Account of plague administration in the Bombay Presidency from September 1896 till May 1897
Year: 1896
Disease focus: Plague
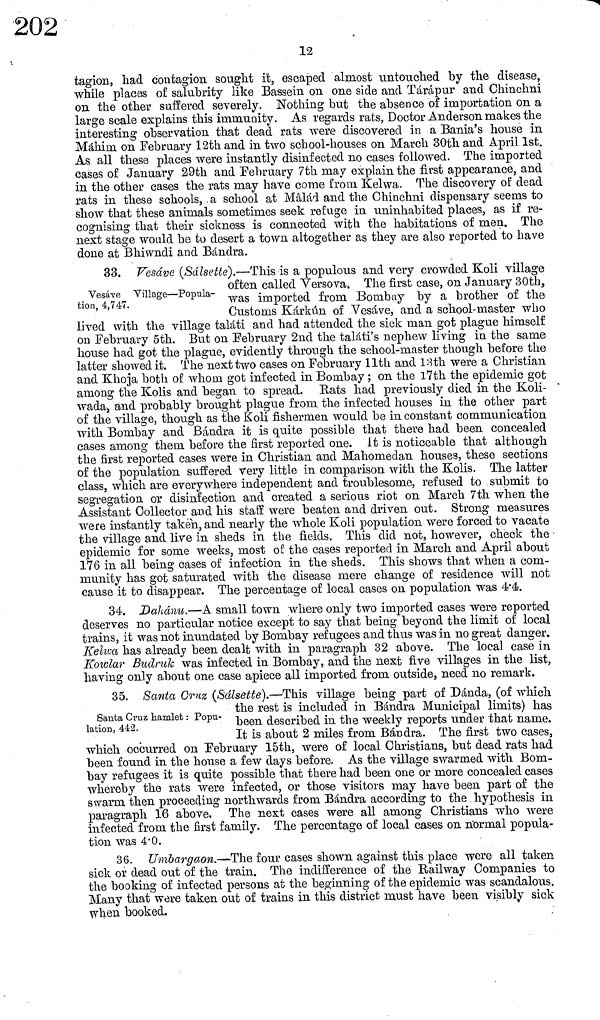
12
tagion, had contagion sought it, escaped almost untouched by the disease,
while places of salubrity like Bassein on one side and Tárápur and Ch.inch.ni
on the other suffered severely. Nothing but the absence of importation on a
large scale explains this immunity. As regards rats, Doctor Anderson makes the
interesting observation that dead rats were discovered in a Bania's house in
Máhim on February 12th and in two school-houses on March 30th and April 1st.
As all these places were instantly disinfected no cases followed. The imported
cases of January 29th and February 7th may explain the first appearance, and
in the other cases the rats may have come from Kelwa. The discovery of dead
rats in these schools, a school at Mâlád and the Chinchín dispensary seems to
show that these animals sometimes seek refuge in uninhabited places, as if re-
cognising that their sickness is connected with the habitations of men. The
next stage would be to desert a town altogether as they are also reported to have
done at Bhiwndi and Bándra.
Vesáve Village—Popula-
tion, 4,747.
33. Vesáve (Sálsette).—This is a populous and very crowded Koli village
orten called Versova. The first case, on January 30th,
was imported from Bombay by a brother of the
Customs Kárkún of Vesáve, and a school-master who
lived with the village taláti and had attended the sick man got plague himself
on February 5th. But on February 2nd the taláti's nephew living in the same
house had got the plague, evidently through the school-master though before the
latter showed it. The next two cases on February 11th and 13th were a Christian
and Khoja both of whom got infected in Bombay ; on the l7th the epidemic got
among the Kolis and began to spread. Rats had previously died in the Koli-
wada, and probably brought plague from the infected houses in the other part
of the village, though as the Koli fishermen would be in constant communication
with Bombay and Bándra it is quite possible that there had been concealed
cases among them before the first reported one. It is noticeable that although
the first reported cases were in Christian and Mahomedan houses, these sections
of the population suffered very little in comparison with the Kolis. The latter
class, which are everywhere independent and troublesome, refused to submit to
segregation or disinfection and created a serious riot on March 7th when the
Assistant Collector and his staff were beaten and driven out. Strong measures
were instantly taken, and nearly the whole Koli population were forced to vacate
the village and live in sheds in the fields. This did not, however, check the
epidemic for some weeks, most of the cases reported in March and April about
176 in all being cases of infection in the sheds. This shows that when a com-
munity has got saturated with the disease mere change of residence will not
cause it to disappear. The percentage of local cases on population was 4.4.
34. Dahánu.—A small town where only two imported cases were reported
deserves no particular notice except to say that being beyond the limit of local
trains, it was not inundated by Bombay refugees and thus was in no great danger.
Kelwa has already been dealt with in paragraph 32 above. The local case in
Kowlar Budruk was infected in Bombay, and the next five villages in the list,
having only about one case apiece all imported from outside, need no remark.
Santa Cruz hamlet : Popu-
lation, 442.
35. Santa Crnz (Sálsett).—This village being part of Dánda, (of which
the rest is included in Bándra Municipal limits) has
been described in the weekly reports under that name.
It is about 2 miles from Bándra. The first two cases.
which occurred on February 15th, were of local Christians, but dead rats had
been found in the house a few days before. As the village swarmed with Bom-
bay refugees it is quite possible that there had been one or more concealed cases
whereby the rats were infected, or those visitors may have been part of the
swarm then proceeding northwards from Bándra according to the hypothesis in
paragraph 16 above. The next cases were all among Christians who were
infected from the first family. The percentage of local cases on normal popula-
tion was 4.0.
36. Umbargaon.—The four cases shown against this place were all taken
sick or dead out of the train. The indifference of the Railway Companies to
the booking of infected persons at the beginning of the epidemic was scandalous.
Many that were taken out of trains in this district must have been visibly sick
when booked.